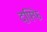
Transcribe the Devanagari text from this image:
दफ्फि